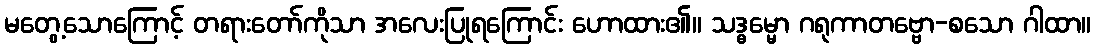
မတွေ့သောကြောင့် တရားတော်ကိုသာ အလေးပြုရကြောင်း ဟောထား၏။ သဒ္ဓမ္မော ဂရုကာတဗ္ဗော-စသော ဂါထာ။